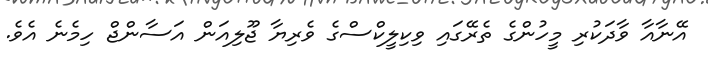
އޭނާއާ ވާދަކުރި މީހުންގެ ތެރޭގައި ވިކިލީކްސްގެ ވެރިޔާ ޖޫލިއަން އަސާންޖް ހިމެނެ އެވެ.